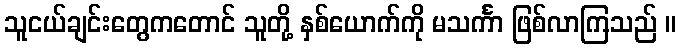
သူငယ်ချင်းတွေကတောင် သူတို့ နှစ်ယောက်ကို မသင်္ကာ ဖြစ်လာကြသည် ။